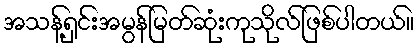
အသန့်ရှင်းအမွန်မြတ်ဆုံးကုသိုလ်ဖြစ်ပါတယ်။